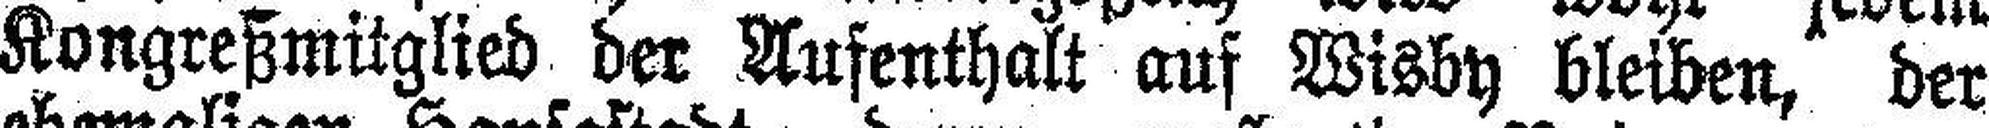
Kongreßmitglied der Aufenthalt auf Wisby bleiben, der